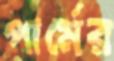
পার্মের